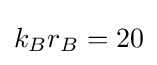
k_{B}r_{B}=20